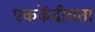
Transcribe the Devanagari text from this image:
एककेंद्रीयता